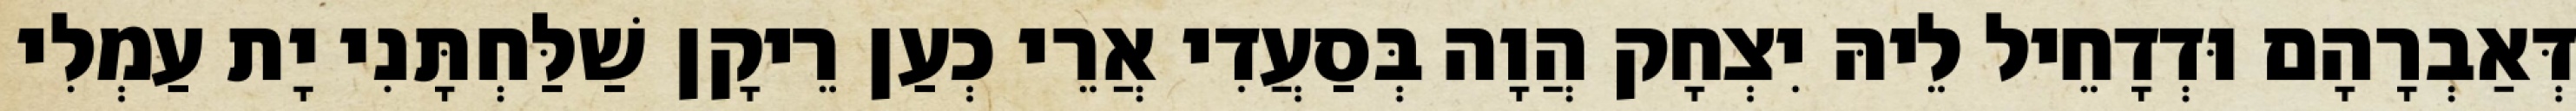
דְּאַבְרָהָם וּדְדָחֵיל לֵיהּ יִצְחָק הֲוָה בְּסַעֲדִי אֲרֵי כְעַן רֵיקָן שַׁלַּחְתָּנִי יָת עַמְלִי